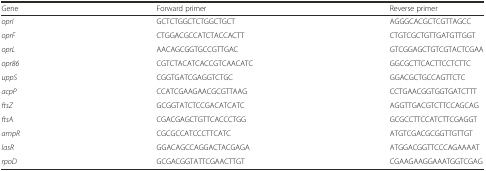
| Gene | Forward primer | Reverse primer |
 | --- | --- | --- |
 | oprI | GCTCTGGCTCTGGCTGCT | AGGGCACGCTCGTTAGCC |
 | oprF | CTGGACGCCATCTACCACTT | CTGTCGCTGTTGATGTTGGT |
 | oprL | AACAGCGGTGCCGTTGAC | GTCGGAGCTGTCGTACTCGAA |
 | opr86 | CGTCTACATCACCGTCAACATC | GGCGCTTCACTTCCTCTTC |
 | uppS | CGGTGATCGAGGTCTGC | GGACGCTGCCAGTTCTC |
 | acpP | CCATCGAAGAACGCGTTAAG | CCTGAACGGTGGTGATCTTT |
 | ftsZ | GCGGTATCTCCGACATCATC | AGGTTGACGTCTTCCAGCAG |
 | ftsA | CGACGAGCTGTTCACCCTGG | GCGCCTTCCATCTTCGAGGT |
 | ampR | CGCGCCATCCCTTCATC | ATGTCGACGCGGTTGTTGT |
 | lasR | GGACAGCCAGGACTACGAGA | ATGGACGGTTCCCAGAAAAT |
 | rpoD | GCGACGGTATTCGAACTTGT | CGAAGAAGGAAATGGTCGAG |